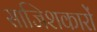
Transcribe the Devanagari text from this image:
साजिशकारों